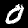
Label: 0